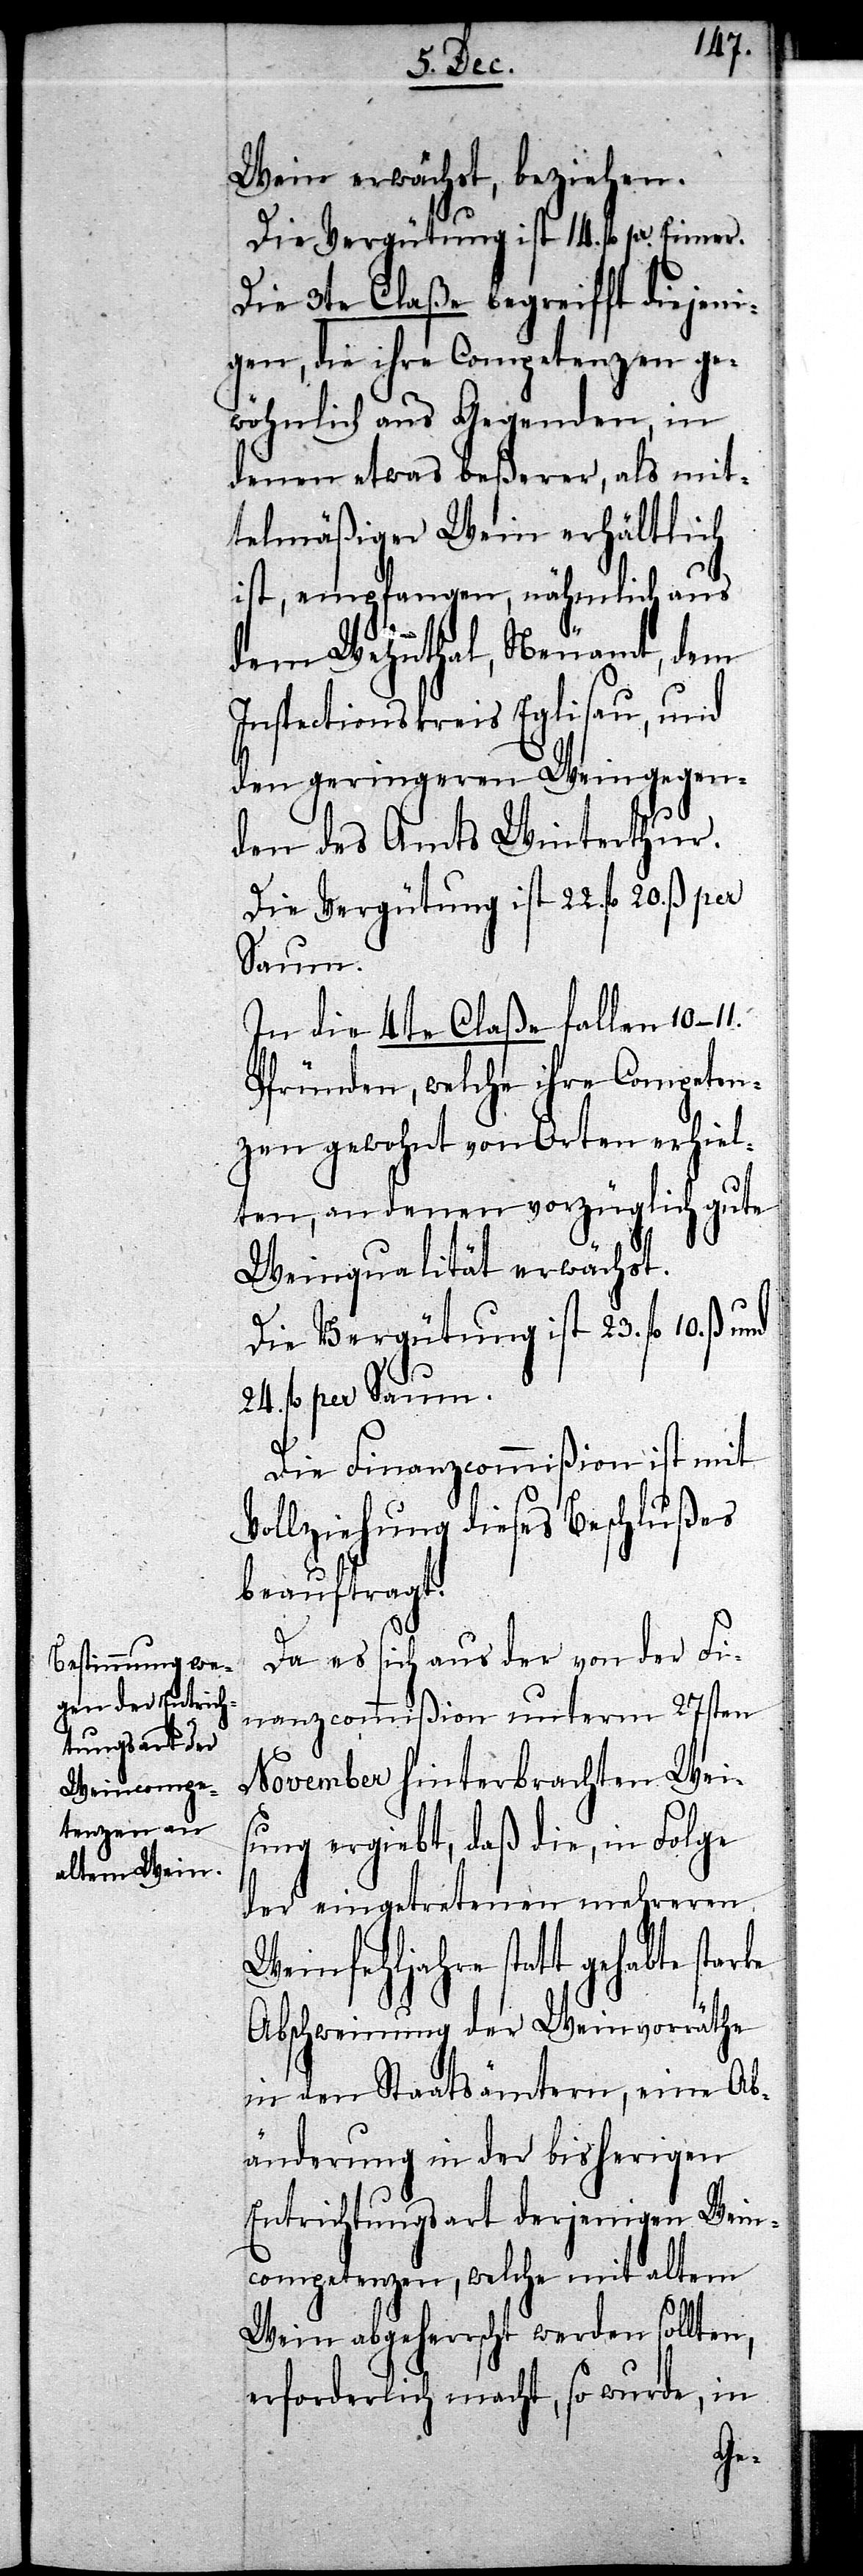
Wein erwächst, beziehen.
Die Vergütung ist 14. fl. p[er]
Die 3te Claße begreifft diejeni¬
gen, die ihre Competenz ge¬
wöhnlich aus Gegenden, in
denen etwas beßerer, als mit¬
telmäßiger Wein erhältlich
ist, empfangen, nähmlich aus
dem Wehnthal, Neuamt, dem
Inspectionskreis Eglisau, und
den geringeren Weingegen¬
den des Amts Winterthur.
In die 4te Claße fallen 10-11.
Pfründen, welche ihre Competen¬
zen gewohnt von Orten erhiel¬
ten, an denen vorzüglich gute
Weinqualität erwächst.
Die Vergütung ist 23. fl. 10. ß.
24. fl per Saum.
Die Finanzcommißion ist mit
Vollziehung dieses Beschlußes
beauftragt.
Da es sich aus der von der Fi¬
nanzcommißion unterm 27sten
November hinterbrachten Weis¬
ung ergiebt, daß die in Folge
der eingetretenen mehreren
Weinfehljahre statt gehabte
Abschwemung der Weinvorräthe
in den Staatsämtern, eine Ab¬
änderung in der bisherigen
Entrichtungsart derjenigen Wein¬
competenzen, welche mit altem
Wein abgeherrscht werden sollten,
erforderlich macht, so wurde, in